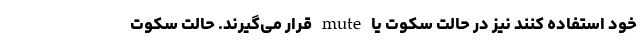
خود استفاده کنند نیز در حالت سکوت یا mute قرار می‌گیرند. حالت سکوت